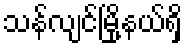
သန်လျင်မြို့နယ်ရှိ